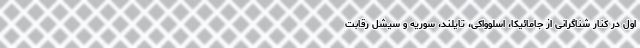
اول در کنار شناگرانی از جامائیکا، اسلوواکی، تایلند، سوریه و سیشل رقابت